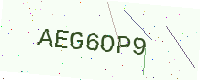
Text: AEG6OP9